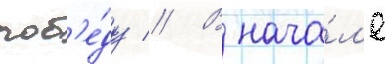
поб'е́ду // В нача́л'е